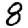
Digit: 8